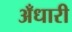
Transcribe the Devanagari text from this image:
अँधारी